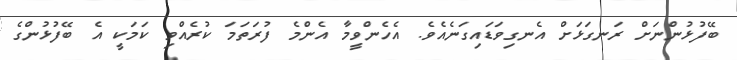
ބޭފުޅުންނަށް ރަނގަޅަށް އެނގިވަޑައިގަނެއެވެ. އެހެންވީމާ އެންމެ ފުރަތަމަ ކުރެއްވި ކަމަކީ އެ ބޭފުޅުންގެ